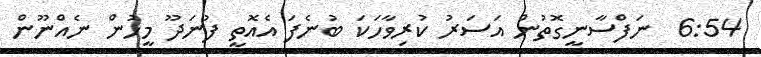
6:54  ނަފްސާނީގޮތުން އަސަރު ކުރިވާހަކަ ބުނެފަ އެއޮތީ ފުނަދޫ މީހުން ނެއްނޫން